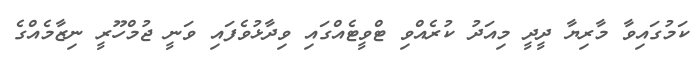
ކަމުގައިވާ މާރިޔާ ދީދީ މިއަދު ކުރެއްވި ޓްވީޓެއްގައި ވިދާޅުވެފައި ވަނީ ޖުމްހޫރީ ނިޒާމެއްގެ